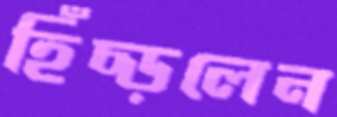
হিঁচ্‌ড়লেন